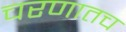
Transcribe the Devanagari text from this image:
चरणातच